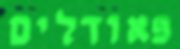
פאודלים